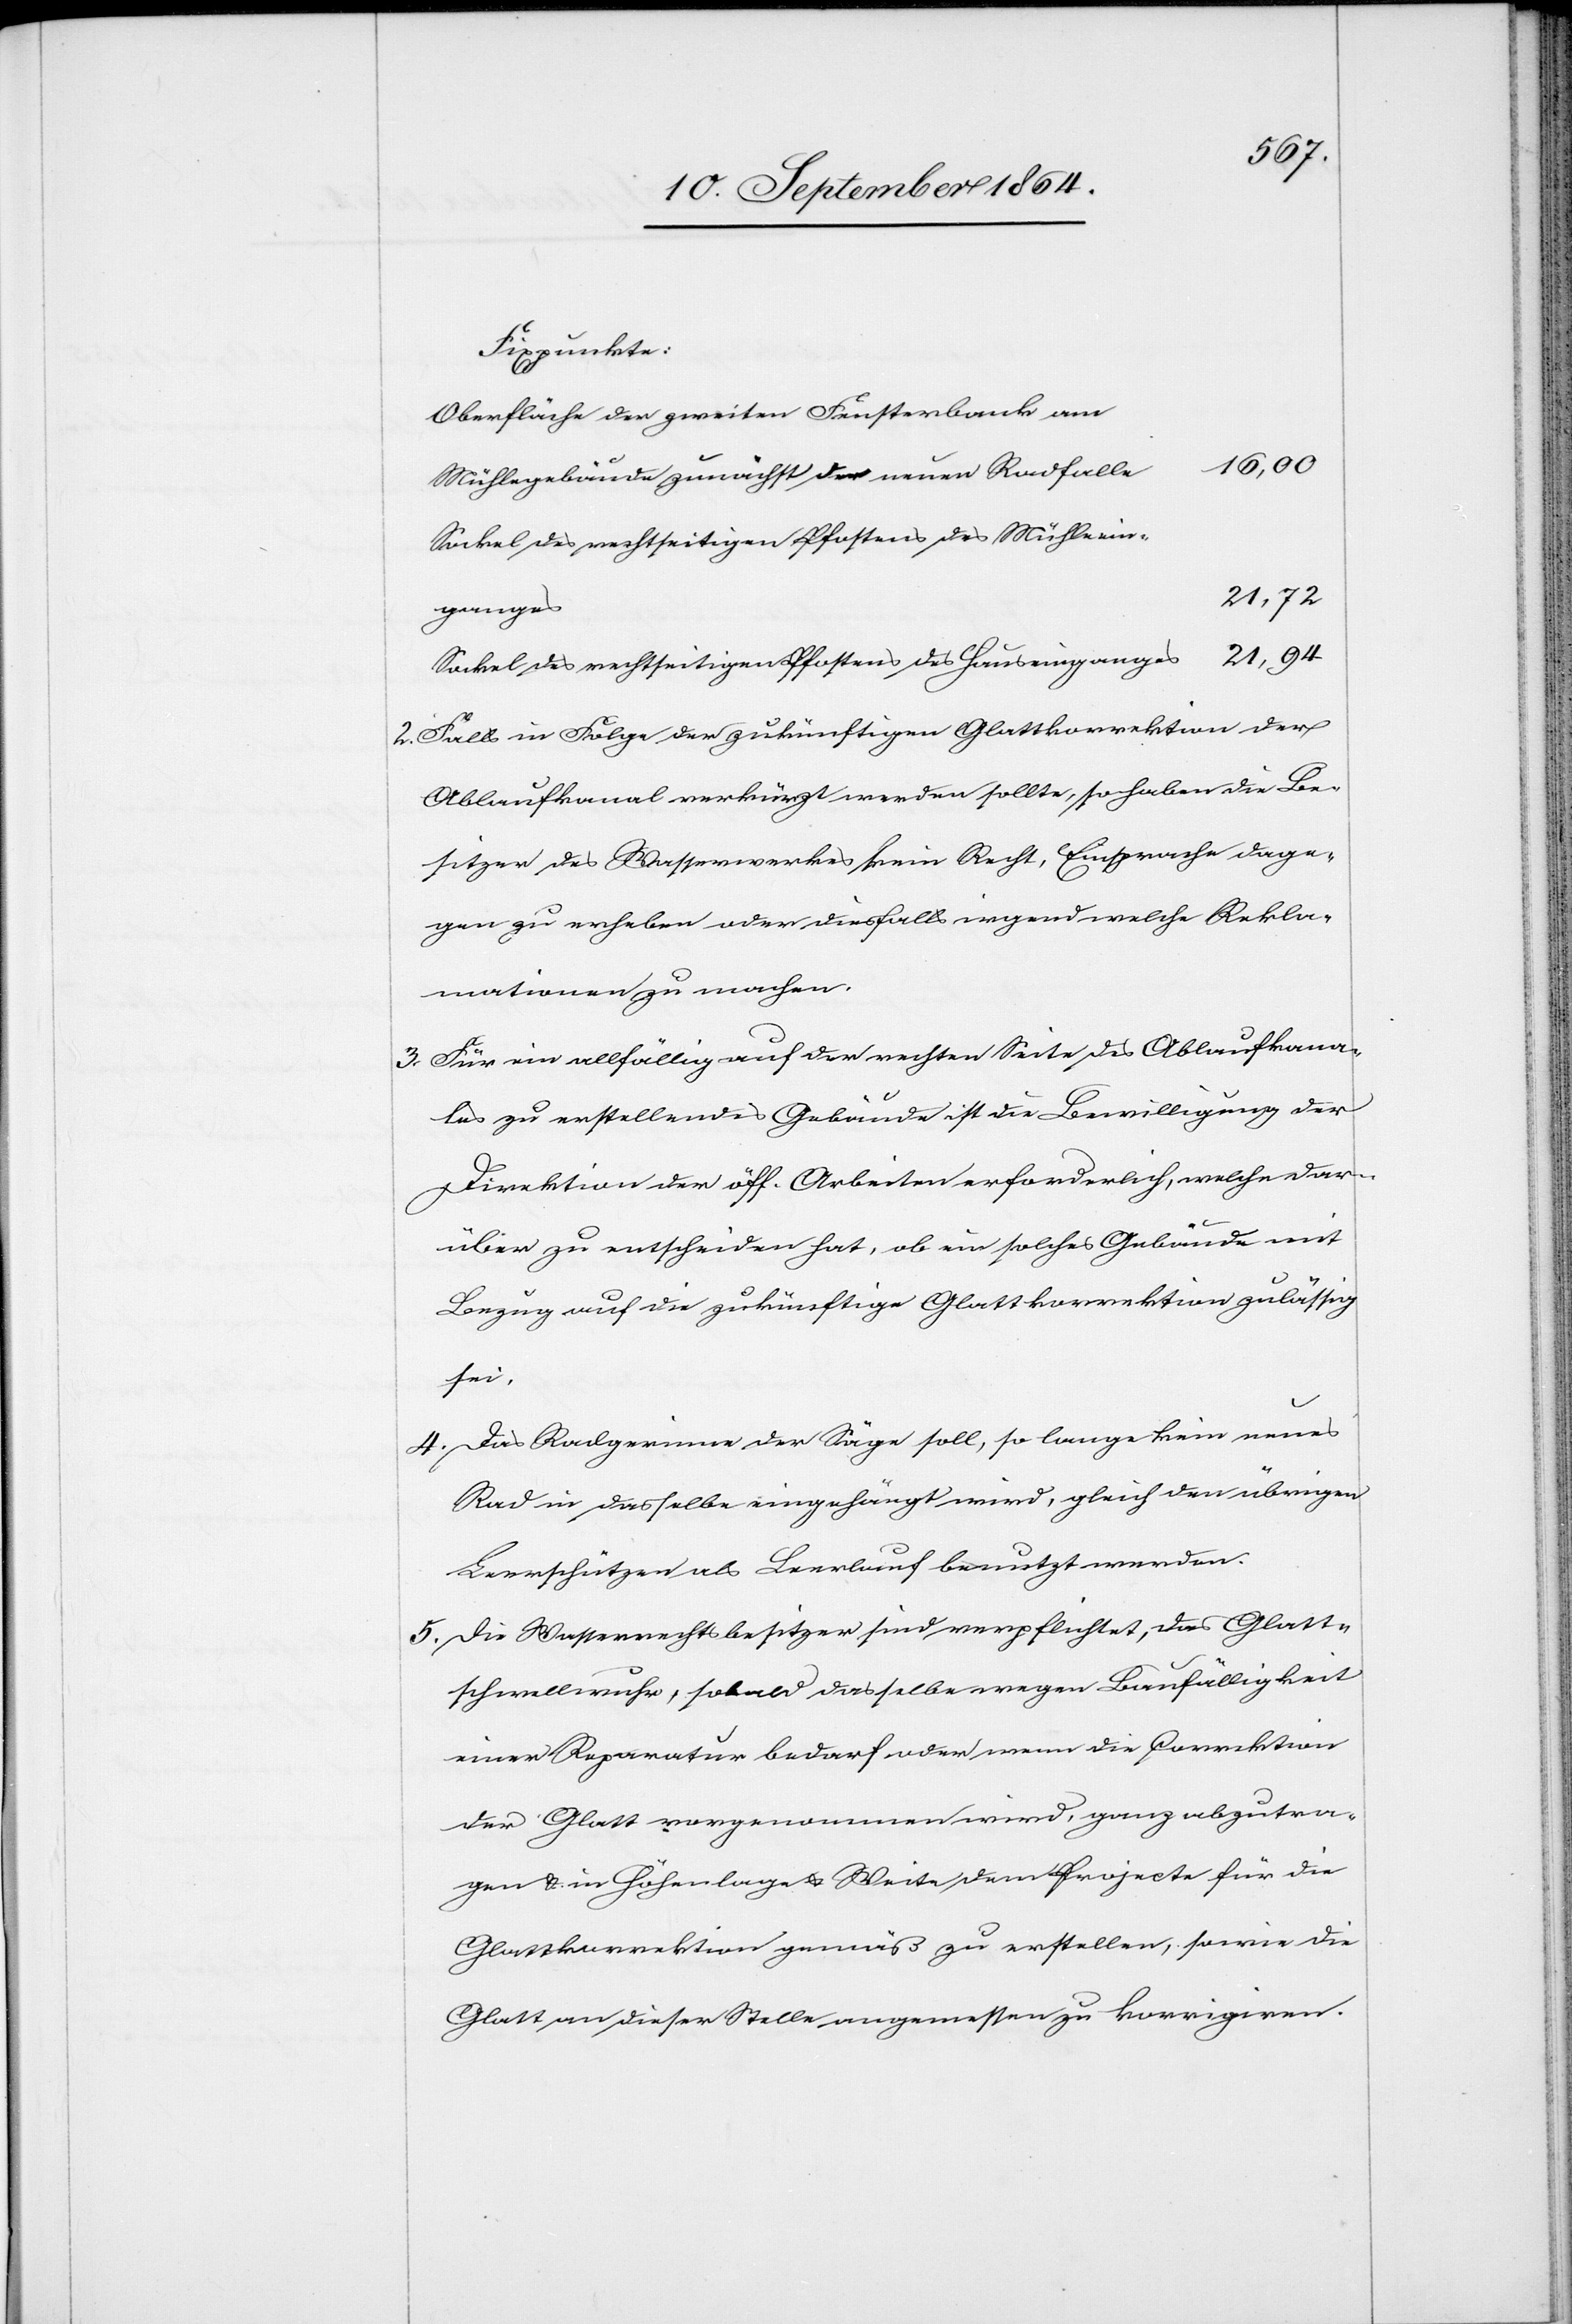
Fixpunkte:
Oberfläche der zweiten Fensterbank am
16,00
Mühlegebäude zunächst der neuen Radfalle
Sockel des rechtseitigen Pfostens des Mühleein¬
21,72
ganges
Sockel des rechtsseitigen Pfostens des Hauseinganges
2.	Falls in Folge der zukünftigen Glattkorrektion der
Ablaufkanal verkürzt werden sollte, so haben die Be¬
sitzer des Wasserwerkes kein Recht, Einsprache dage¬
gen zu erheben oder diesfalls irgendwelche Rekla¬
mationen zu machen.
3.	Für ein allfällig auf der rechten Seite des Ablaufkana¬
les zu erstellendes Gebäude ist die Bewilligung der
Direktion der öff. Arbeiten erforderlich, welche dar¬
über zu entscheiden hat, ob ein solches Gebäude mit
Bezug auf die zukünftige Glattkorrektion zulässig
sei.
4.	Das Radgerinne der Säge soll, so lange kein neues
Rad in dasselbe eingehängt wird, gleich den übrigen
Leerschützen als Leerlauf benutzt werden.
5. 	Die Wasserrechtsbesitzer sind verpflichtet, das Glatt¬
schwellwuhr, sobald dasselbe wegen Baufälligkeit
einer Reparatur bedarf oder wenn die Correktion
der Glatt vorgenommen wird, ganz abzutra¬
gen & in Höhenlage & Weite dem Projecte für die
Glattkorrektion gemäß zu erstellen, sowie die
Glatt an dieser Stelle angemessen zu korrigieren.